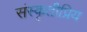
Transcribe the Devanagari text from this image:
संस्कृतीप्रिय